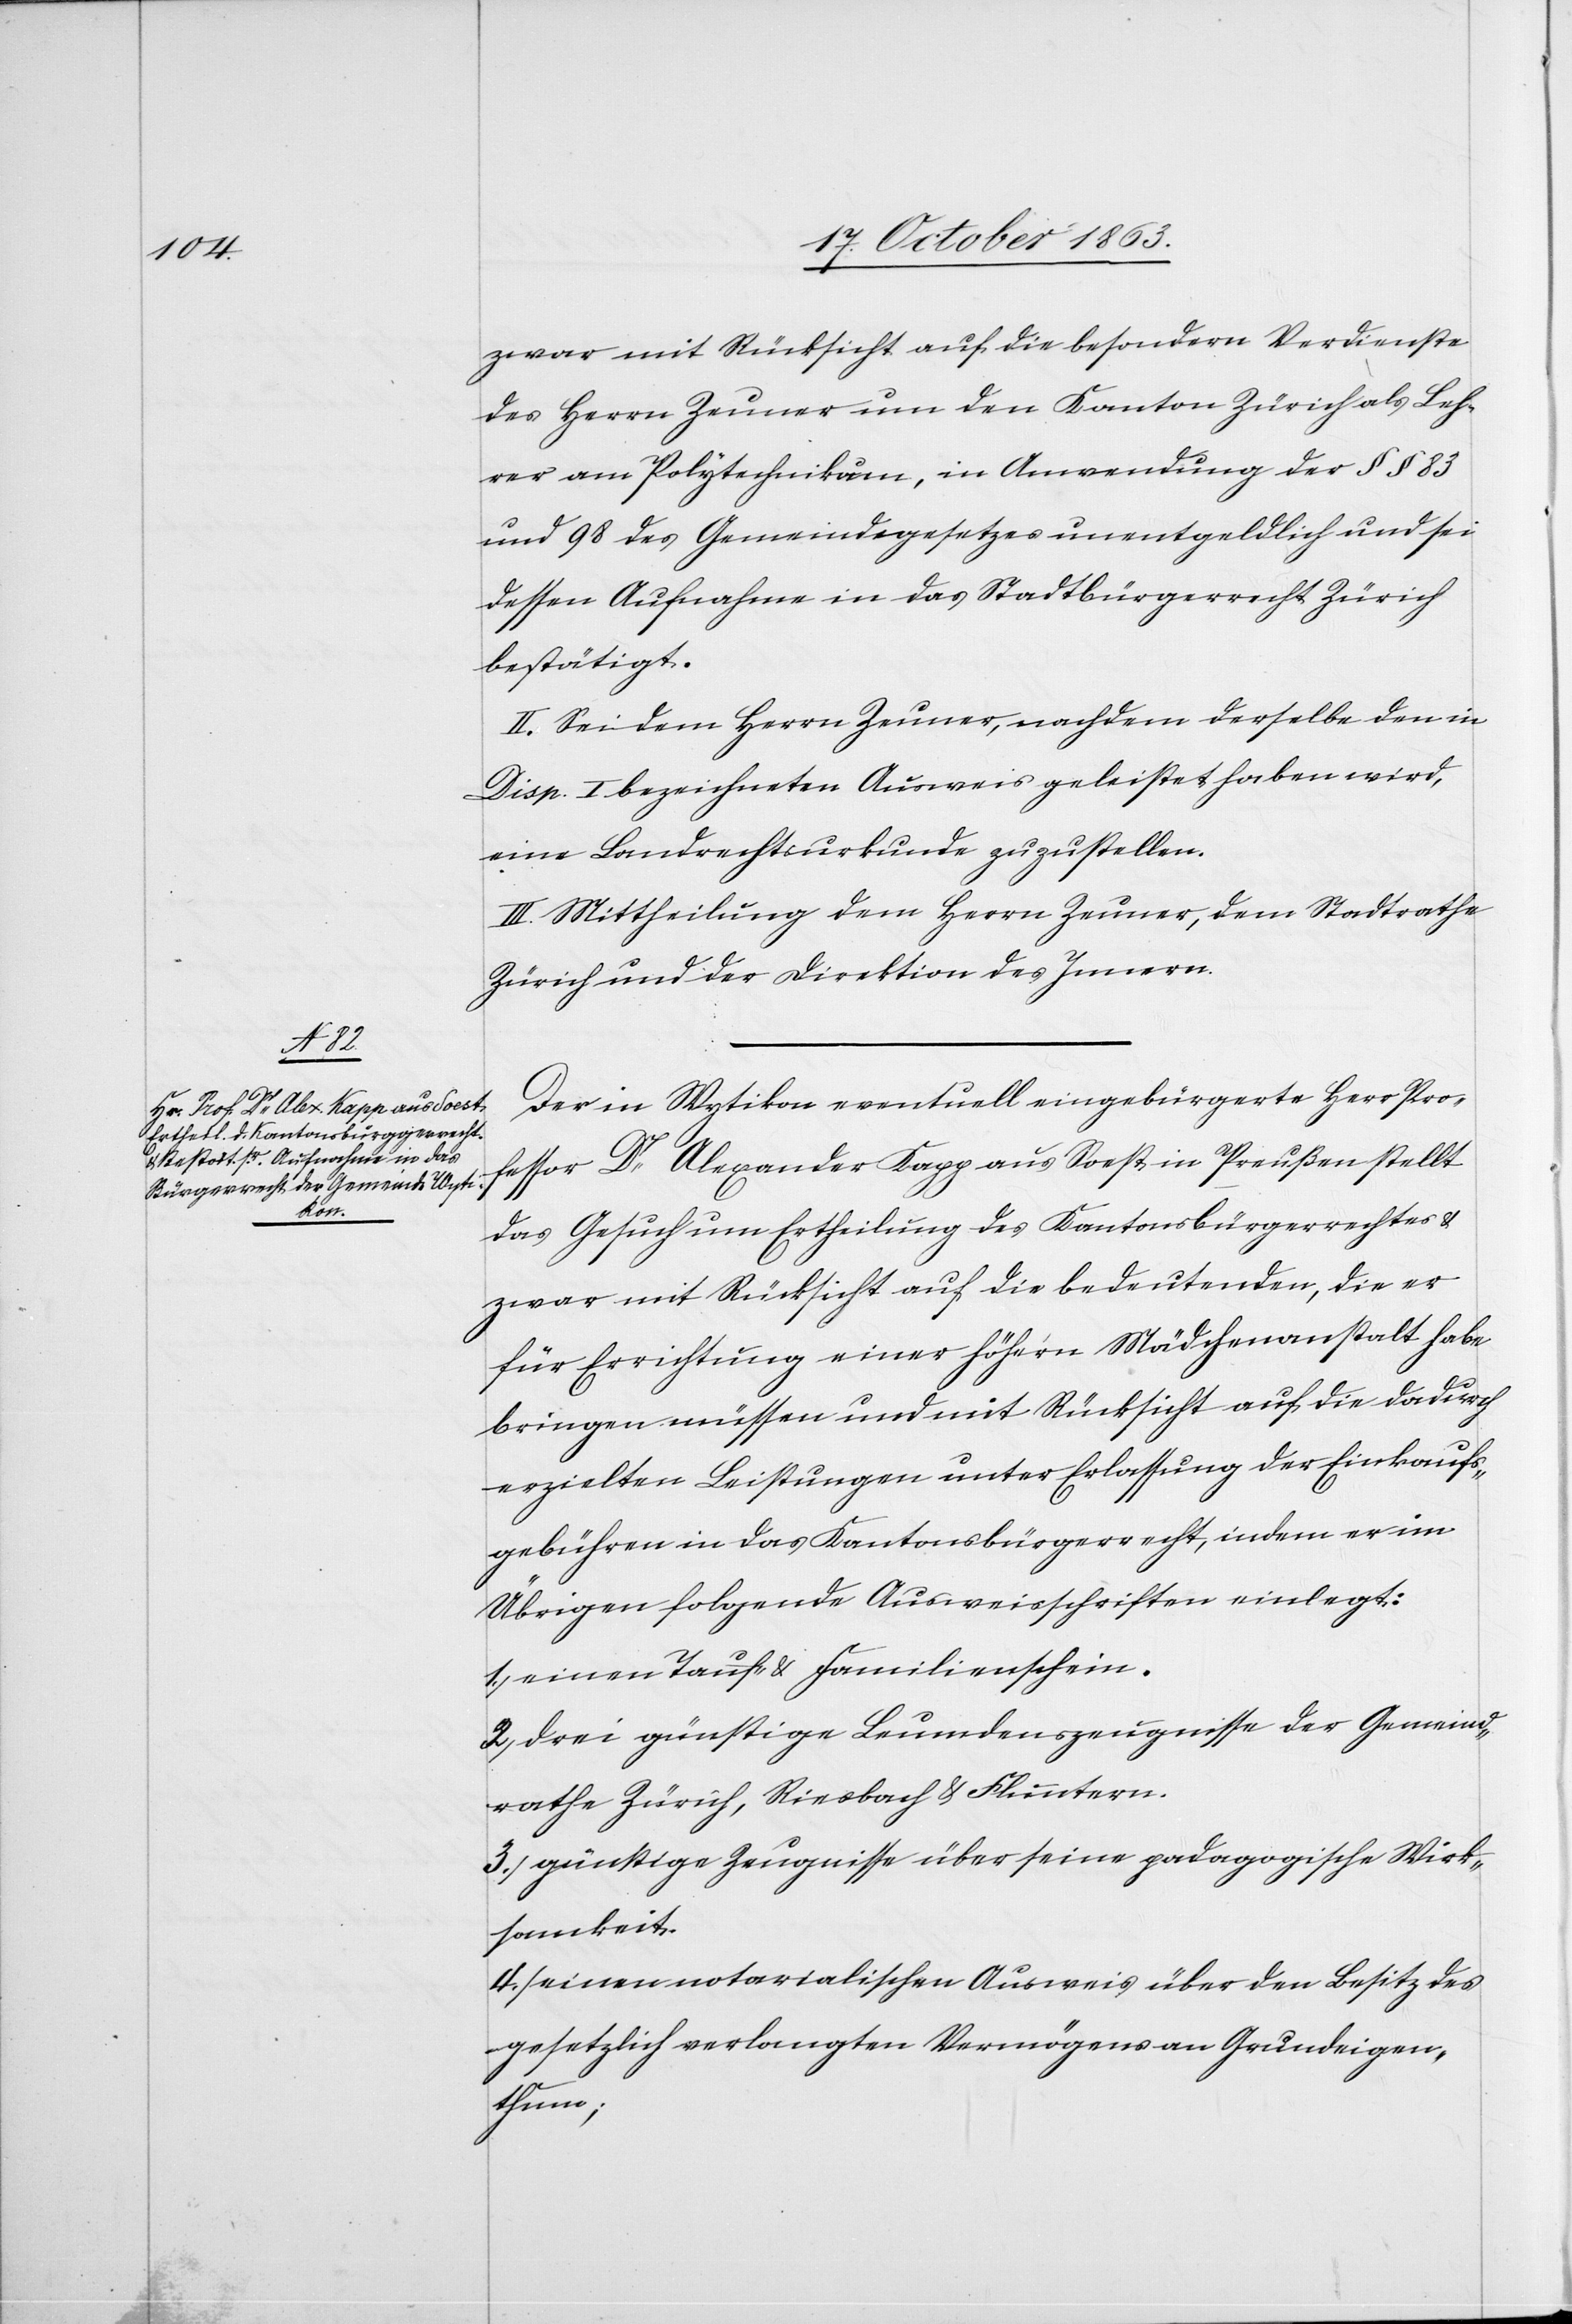
Wirk¬

zwar mit Rücksicht auf die besondern Verdienste
des Herrn Zeuner um den Kanton Zürich als Leh¬
rer am Polytechnikum, in Anwendung der §§ 83
und 98 des Gemeindegesetzes unentgeldlich und sei
dessen Aufnahme in das Stadtbürgerrecht Zürich
bestätigt.
II. Sei dem Herrn Zeuner, nachdem derselbe den in
Disp. I bezeichneten Ausweis geleistet haben wird,
eine Landrechtsurkunde zuzustellen.
III. Mittheilung dem Herrn Zeuner, dem Stadtrathe
Zürich und der Direktion des Innern.
Der in Wytikon eventuell eingebürgerte Herr Pro¬
fessor Dr Alexander Kapp aus Soest in Preußen stellt
das Gesuch um Ertheilung des Kantonsbürgerrechtes &
zwar mit Rücksicht auf die bedeutenden [sic!],
für Errichtung einer höhern Mädchenanstalt habe
bringen müssen und mit Rücksicht auf die dadurch
erzielten Leistungen unter Erlassung der Einkaufs¬
gebühren in das Kantonsbürgerrecht, indem er im
Übrigen folgende Ausweisschriften einlegt:
1.) einen Tauf- & Familienschein.
2.) drei günstige Leumdenszeugnisse der Gemeind¬
3.) günstige Zeugnisse über seine padagogische [sic!]
samkeit.
4.) einen notarialischen Ausweis über den Besitz des
gesetzlich verlangten Vermögens an Grundeigen¬
thum;